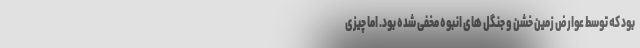
بود که توسط عوارض زمین خشن و جنگل های انبوه مخفی شده بود. اما چیزی